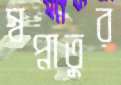
স্বপ্নাতুর